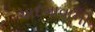
અદમાવાની